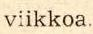
viikkoa.